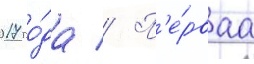
2017 го́да // П'е́рваа